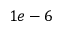
1 e - 6